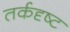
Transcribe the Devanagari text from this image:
तर्कदृष्ट